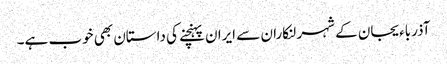
آذرباءیجان کے شہر لنکاران سے ایران پہنچنے کی داستان بھی خوب ہے۔